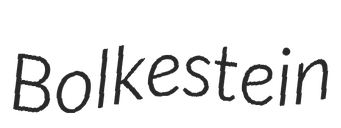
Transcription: Bolkestein